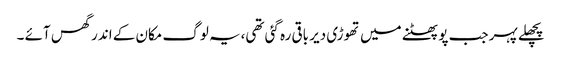
پچھلے پہر جب پو پھٹنے میں تھوڑی دیر باقی رہ گئی تھی،یہ لوگ مکان کے اندر گھس آئے ۔